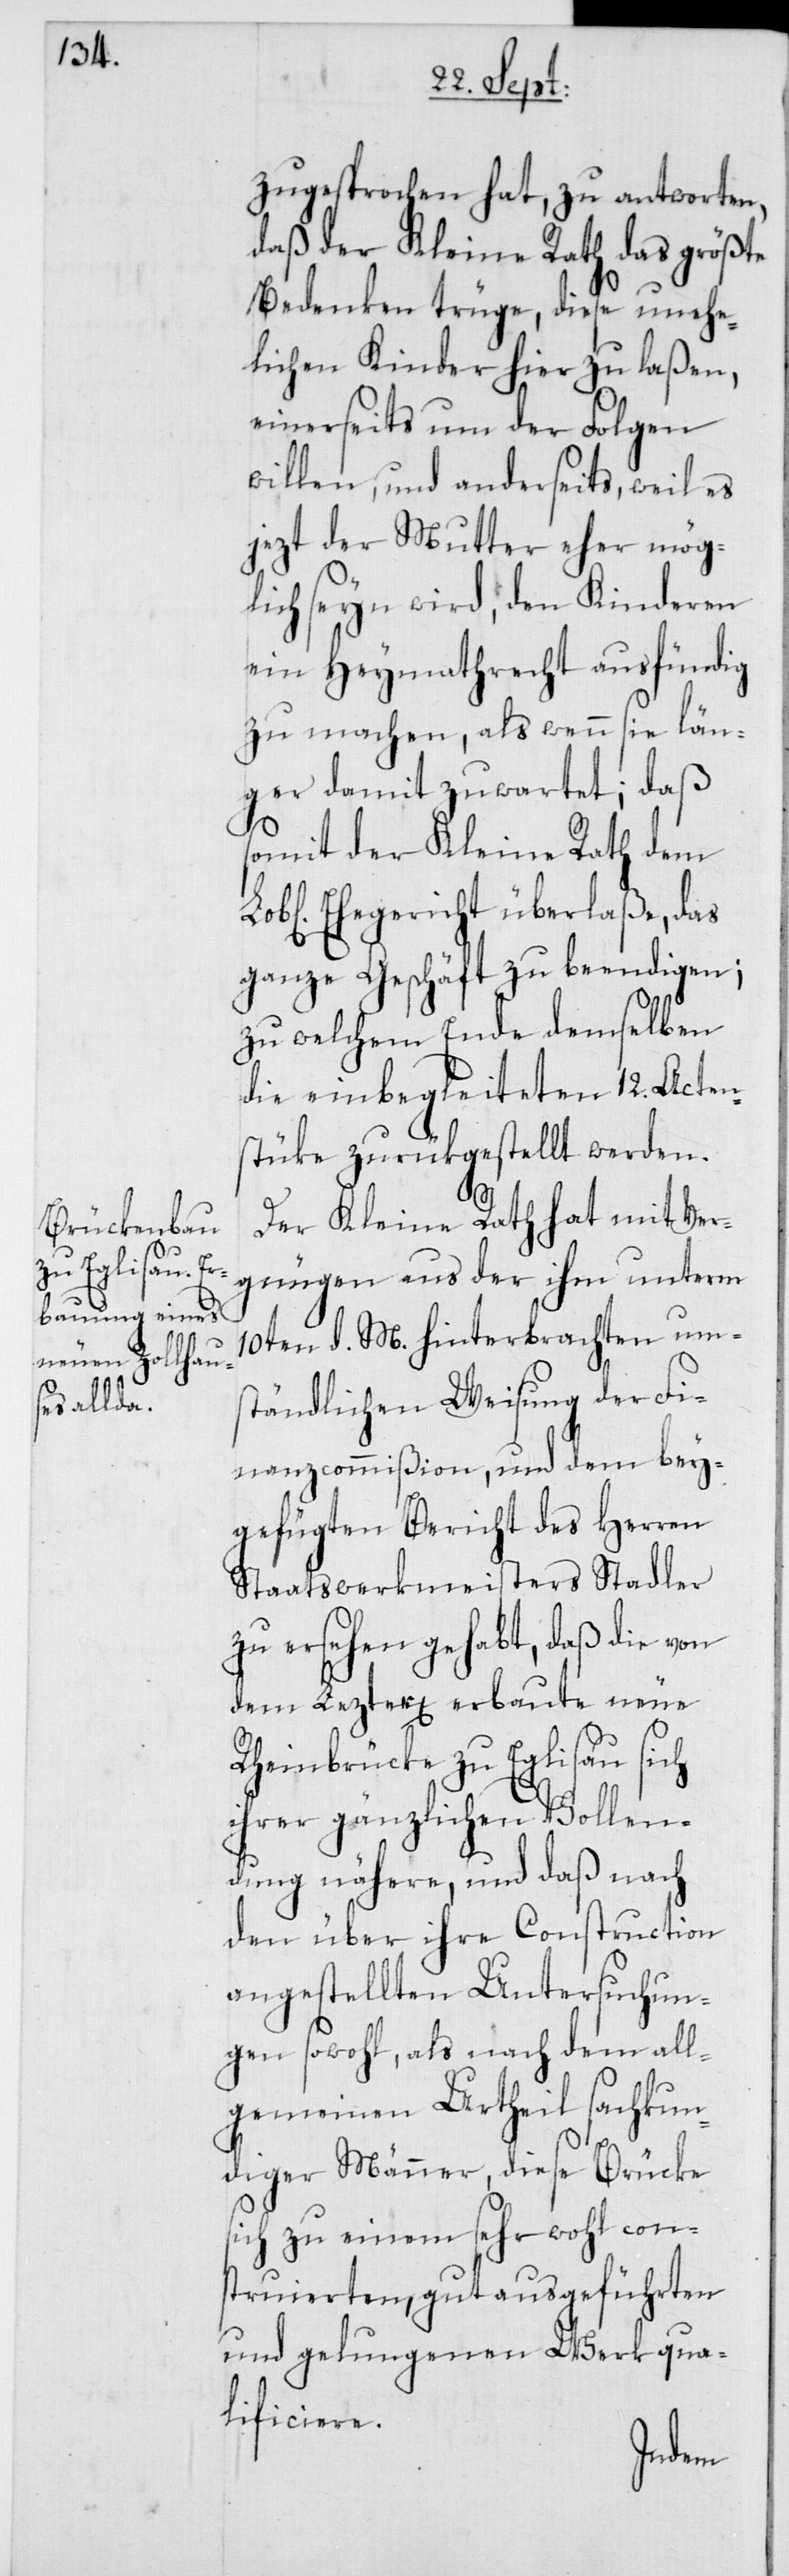
zugesprochen hat, zu antworten,
daß der Kleine Rath das größte
Bedenken trüge, diese unehe¬
lichen Kinder hier zu laßen,
einerseits um der Folgen
willen, und anderseits, weil es
jezt der Mutter eher mög¬
lich seyn wird, den Kinderen
ein Heymathrecht ausfündig
zu machen, als wenn sie län¬
ger damit zuwartet; daß
somit der Kleine Rath dem
Ehegericht überlaße, das
ganze Geschäft zu beendigen;
zu welchem Ende demselben
die einbegleiteten 12. Acten¬
stüke zurükgestellt werden.
Der Kleine Rath hat mit Ver¬
gnügen aus der ihm unterm
10ten d. M. hinterbrachten ums¬
tändlichen Weisung der Fi¬
nanzcommißion, und dem bey¬
gefügten Bericht des Herren
Staatswerkmeisters Stadler
zu ersehen gehabt, daß die von
dem Lezter[en] erbaute neue
Rheinbrücke zu Eglisau sich
ihrer gänzlichen Vollen¬
dung nähere, und daß nach
den über ihre Construction
angestellten Untersuchun¬
gen sowohl, als nach dem all¬
gemeinen Urtheil sachkun¬
diger Männer, diese Brücke
sich zu einem sehr wohl con¬
struierten, gut ausgeführten
und gelungenen Werk qua¬
lificiere.